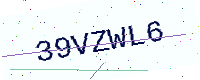
Text: 39VZWL6